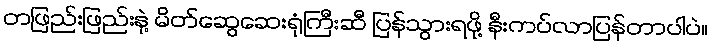
တဖြည်းဖြည်းနဲ့ မိတ်ဆွေဆေးရုံကြီးဆီ ပြန်သွားရဖို့ နီးကပ်လာပြန်တာပါပဲ။